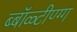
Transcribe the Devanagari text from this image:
ब्बॉळ्टीण्ग्ग